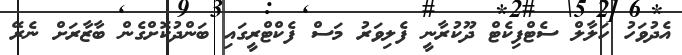
އެދުވަހު ހަލާލް ސެޓްފިކެޓް ދޫކުރާނީ ފެލިވަރު މަސް ފެކްޓްރީގައި ބަންދުކޮށްގެން ބާޒާރަށް ނެރޭ